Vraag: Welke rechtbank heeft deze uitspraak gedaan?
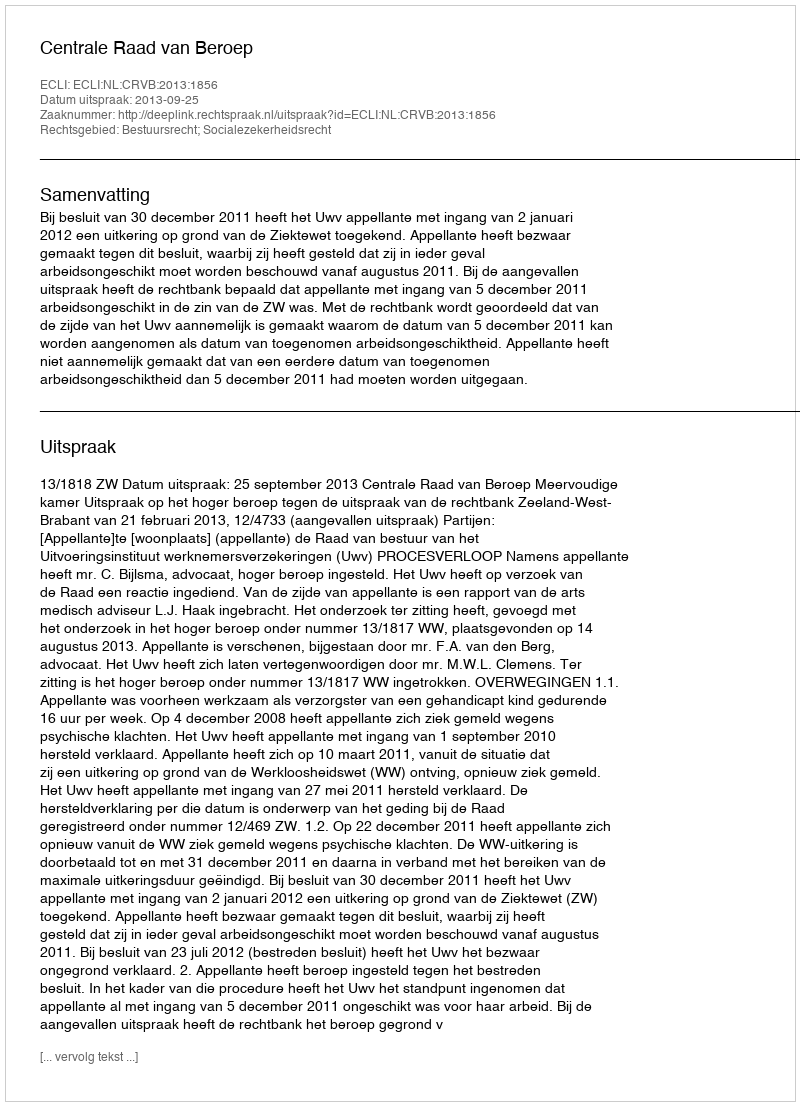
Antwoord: Centrale Raad van Beroep